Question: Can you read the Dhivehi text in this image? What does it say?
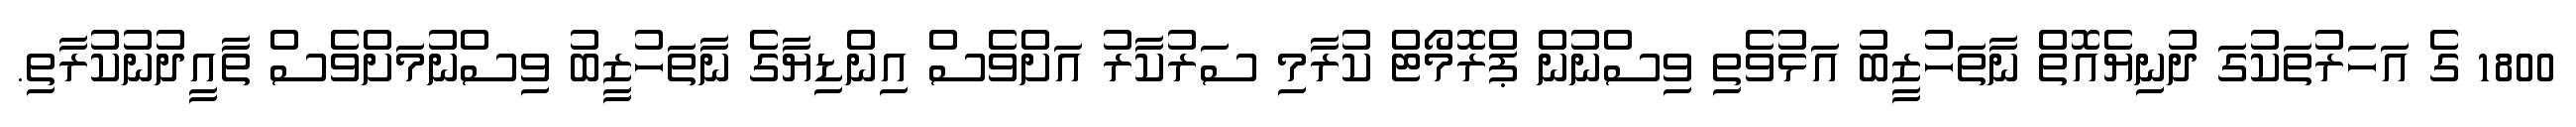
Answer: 1800 ގެ އަހަރުތަކުގަ ދުނިޔެއޮތް ނާތަހުޒީބު އަޅުވެތި ވިސްނުން ޕްރޮމޯޓް ކުރާމި ސަރުކާރު އަށްވެސް އިންޑިޔާގެ ނާތަހުޒީބު ވިސްނުމަށްވެސް ތާއީދުނުކުރާތި.